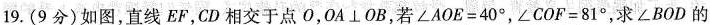
19. (9分) 如图，直线EF，CD相交于点O，0A⊥OB，若$$∠AOE=4 0°$$，$$∠COF=8 1°$$，求∠BOD的